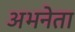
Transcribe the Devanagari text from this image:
अभनेता